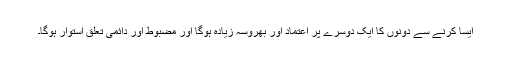
ایسا کرنے سے دونوں کا ایک دوسرے پر اعتماد اور بھروسہ زیادہ ہوگا اور مضبوط اور دائمی تعلق استوار ہوگا۔